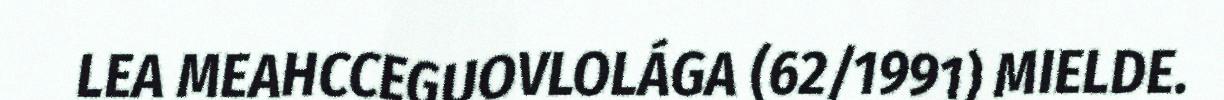
LEA MEAHCCEGUOVLOLÁGA (62/1991) MIELDE.